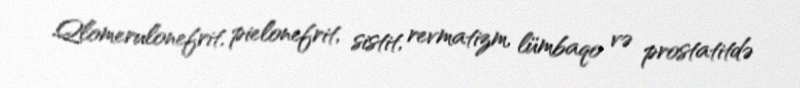
Qlomerulonefrit, pielonefrit, sistit, revmatizm, lümbaqo və prostatitdə